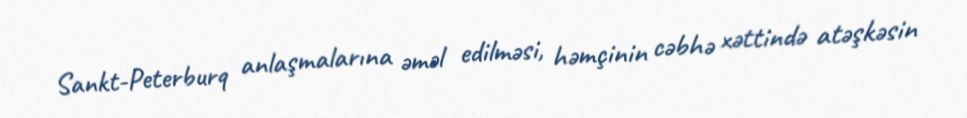
Sankt-Peterburq anlaşmalarına əməl edilməsi, həmçinin cəbhə xəttində atəşkəsin